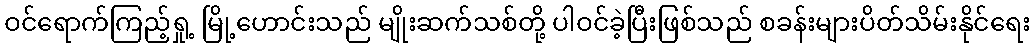
ဝင်ရောက်ကြည့်ရှု့ မြို့ဟောင်းသည် မျိုးဆက်သစ်တို့ ပါဝင်ခဲ့ပြီးဖြစ်သည် စခန်းများပိတ်သိမ်းနိုင်ရေး